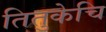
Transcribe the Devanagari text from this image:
तितुकेचि